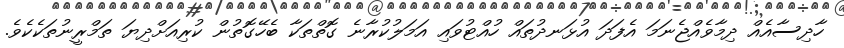
ހާދިސާއެއް ދިމާވެއްޖެނަމަ އެފަދަ އުޅަނދުތައް ހުއްޓުވައި އަމަލުކުރާނެ ގޮތްތަކާ ބެހޭގޮތުން ކުރިއަށްދިޔަ ތަމްރީނުތަކެކެވެ.